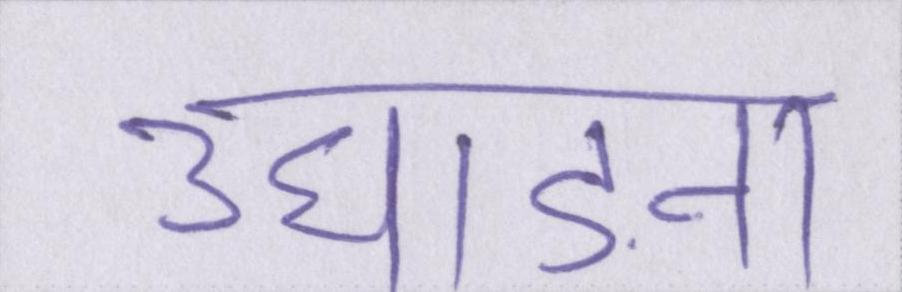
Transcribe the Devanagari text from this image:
उघाड़ना